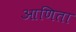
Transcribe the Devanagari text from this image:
आणिता